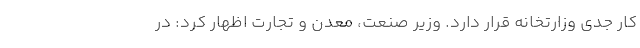
کار جدی وزارتخانه قرار دارد. وزیر صنعت، معدن و تجارت اظهار کرد: در